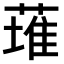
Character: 𫉊